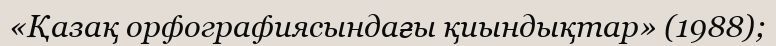
«Қазақ орфографиясындағы қиындықтар» (1988);